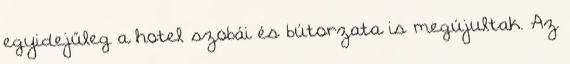
egyidejűleg a hotel szobái és bútorzata is megújultak. Az